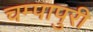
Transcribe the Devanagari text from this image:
चम्‍पापुरी